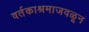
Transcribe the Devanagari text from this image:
वर्तकाश्रमाजवळून